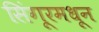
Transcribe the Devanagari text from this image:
सिंगूरमधून